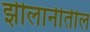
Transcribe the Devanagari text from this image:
झीलानीतील